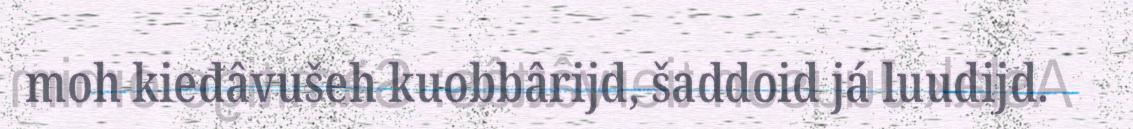
moh kieđâvušeh kuobbârijd, šaddoid já luudijd.